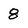
Character: 8